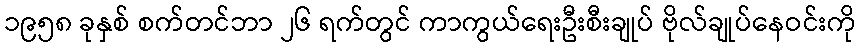
၁၉၅၈ ခုနှစ် စက်တင်ဘာ ၂၆ ရက်တွင် ကာကွယ်ရေးဦးစီးချုပ် ဗိုလ်ချုပ်နေဝင်းကို